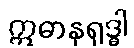
ဣဓာနုရုဒ္ဓါ